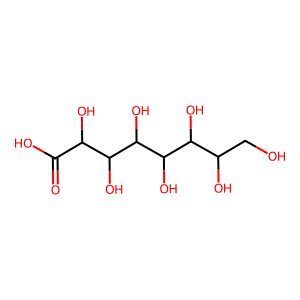
SMILES: O=C(O)C(O)C(O)C(O)C(O)C(O)C(O)CO
Inhibits HIV replication: No